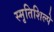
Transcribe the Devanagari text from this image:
स्मृतिशिल्पे